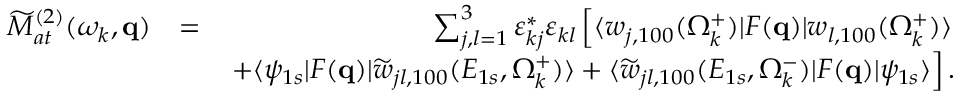
\begin{array} { r l r } { \widetilde { \cal M } _ { a t } ^ { ( 2 ) } ( \omega _ { k } , \mathbf { q } ) } & { = } & { \sum _ { j , l = 1 } ^ { 3 } \varepsilon _ { k j } ^ { * } \varepsilon _ { k l } \left[ \langle w _ { j , 1 0 0 } ( \Omega _ { k } ^ { + } ) | F ( \mathbf { q } ) | { w } _ { l , 1 0 0 } ( \Omega _ { k } ^ { + } ) \rangle \right. } \\ & { } & { \left. + \langle \psi _ { 1 s } | F ( \mathbf { q } ) | \widetilde w _ { j l , 1 0 0 } ( E _ { 1 s } , \Omega _ { k } ^ { + } ) \rangle + \langle \widetilde w _ { j l , 1 0 0 } ( E _ { 1 s } , \Omega _ { k } ^ { - } ) | F ( \mathbf { q } ) | \psi _ { 1 s } \rangle \right] . } \end{array}